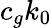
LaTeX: c_{g}k_{0}